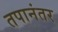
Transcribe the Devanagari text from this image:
तपानंतर